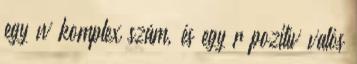
egy w komplex szám, és egy r pozitív valós